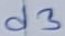
Text: d3